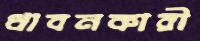
ধাবনকারী